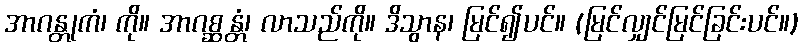
အာဂန္တုကံ၊ ကို။ အာဂစ္ဆန္တံ၊ လာသည်ကို။ ဒိသွာန၊ မြင်၍ပင်။ (မြင်လျှင်မြင်ခြင်းပင်။)